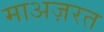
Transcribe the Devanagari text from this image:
माअज़रत